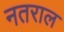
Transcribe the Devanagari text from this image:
नतराल